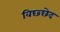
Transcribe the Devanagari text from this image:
विछ्छेद